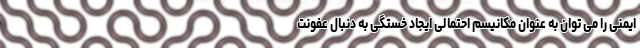
ایمنی را می توان به عنوان مکانیسم احتمالی ایجاد خستگی به دنبال عفونت